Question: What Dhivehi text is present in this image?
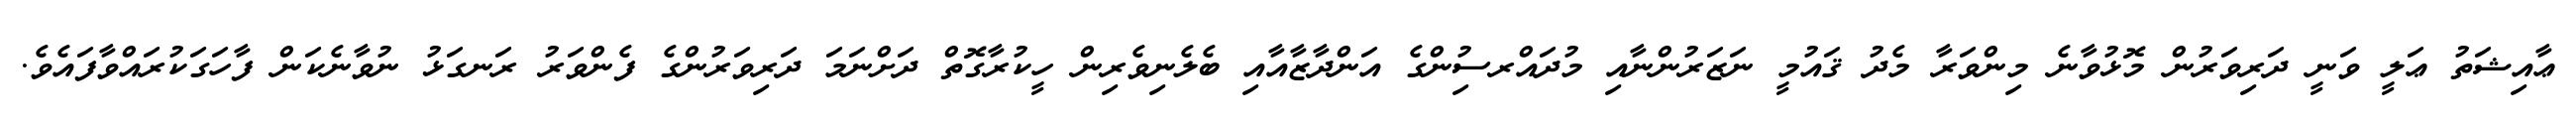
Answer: ޢާއިޝަތު ޢަލީ ވަނީ ދަރިވަރުން މޮޅުވާނެ މިންވަރާ މެދު ޤައުމީ ނަޒަރުންނާއި މުދައްރސިުންގެ އަންދާޒާއާއި ބެލެނިވެރިން ހީކުރާގޮތް ދަށްނަމަ ދަރިވަރުންގެ ފެންވަރު ރަނގަޅު ނުވާނެކަން ފާހަގަކުރައްވާފައެވެ.